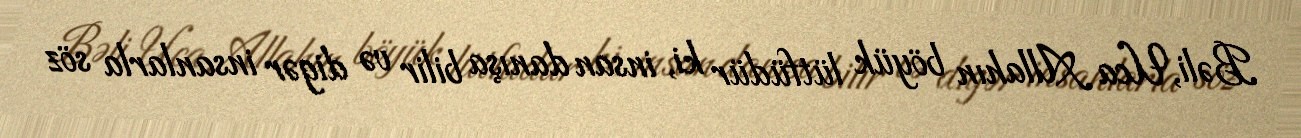
Bəli, Uca Allahın böyük lütfüdür ki, insan danışa bilir və digər insanlarla söz